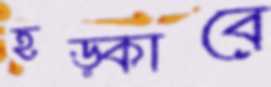
হড়্‌কাবে